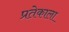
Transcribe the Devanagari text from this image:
प्रतेकाला